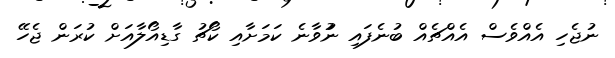
ނުޖެހި އެއްވެސް އެއްޗެއް ބުނެފައި ނުުވާނެ ކަމަށާއި ކޯޗު ގާޑިއޯލާއަށް ކުރަން ޖެހޭ